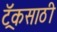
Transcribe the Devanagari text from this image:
ट्रॅकसाठी